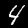
Label: 4